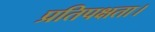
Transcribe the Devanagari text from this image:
प्रतिपक्षता।